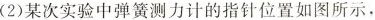
(2)某次实验中弹簧测力计的指针位置如图所示，